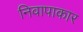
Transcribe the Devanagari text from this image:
निवापाकार